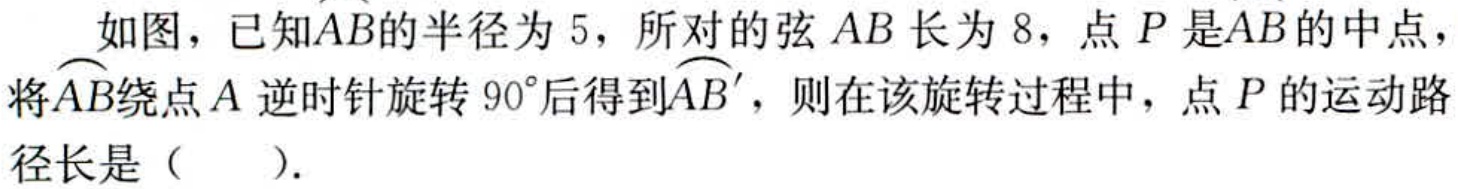
如图，已知\(\overset{\frown}{AB}\)的半径为\(5\)，所对的弦\(AB\)长为\(8\)，点\(P\)是\(\overset{\frown}{AB}\)的中点，将\(\overset{\frown}{AB}\)绕点\(A\)逆时针旋转\(90^{\circ}\)后得到\(\overset{\frown}{AB'}\)，则在该旋转过程中，点\(P\)的运动路径长是（  ）.